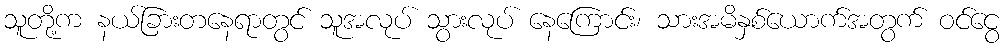
သူတို့က နယ်ခြားတနေရာတွင် သူအလုပ် သွားလုပ် နေကြောင်း၊ သားအမိနှစ်ယောက်အတွက် ဝင်ငွေ